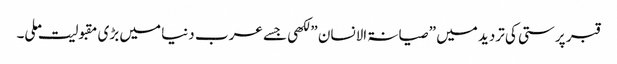
قبر پرستی کی تردید میں ” صیانۃ الانسان ” لکھی جسے عرب دنیا میں بڑی مقبولیت ملی۔